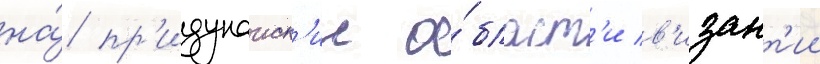
на́ пр'идунаиск'ие о́бласт'и в'изант'ии